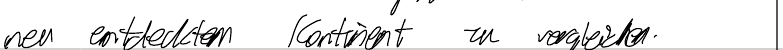
neu entdecktem Kontinent zu vergleichen.